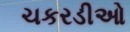
ચકરડીઓ